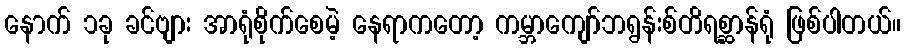
နောက် ၁ခု ခင်ဗျား အာရုံစိုက်စေမဲ့ နေရာကတော့ ကမ္ဘာကျော်ဘရွန်းစ်တိရစ္ဆာန်ရုံ ဖြစ်ပါတယ်။